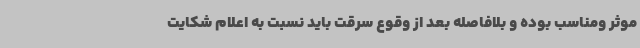
موثر ومناسب بوده و بلافاصله بعد از وقوع سرقت باید نسبت به اعلام شکایت